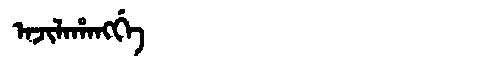
Manchu: ᠠᠵᡳᠯᠠᡥᠠᠩᡤᡝ
Romanization: AJILAHANGGE